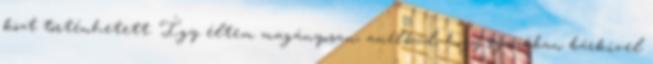
közt történhetett. Így éltem magányosan, anélkül, hogy igazában bárkivel